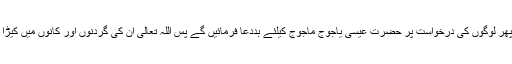
حضرت عیسیٰ اور ان کے ساتھی اس وقت ایسی جگہ کھڑے ہوں گے جہاں غذا کی سخت قلت ہوگی پھر لوگوں کی درخواست پر حضرت عیسیٰ یاجوج ماجوج کیلئے بددعا فرمائیں گے پس اللہ تعالیٰ ان کی گردنوں اور کانوں میں کیڑا پیدا کر دے گا جو بعد میں پھوڑا بن جائے گاجس کے پھٹنے سے یہ ہلاک ہونا شروع ہو جائیں گے ۔